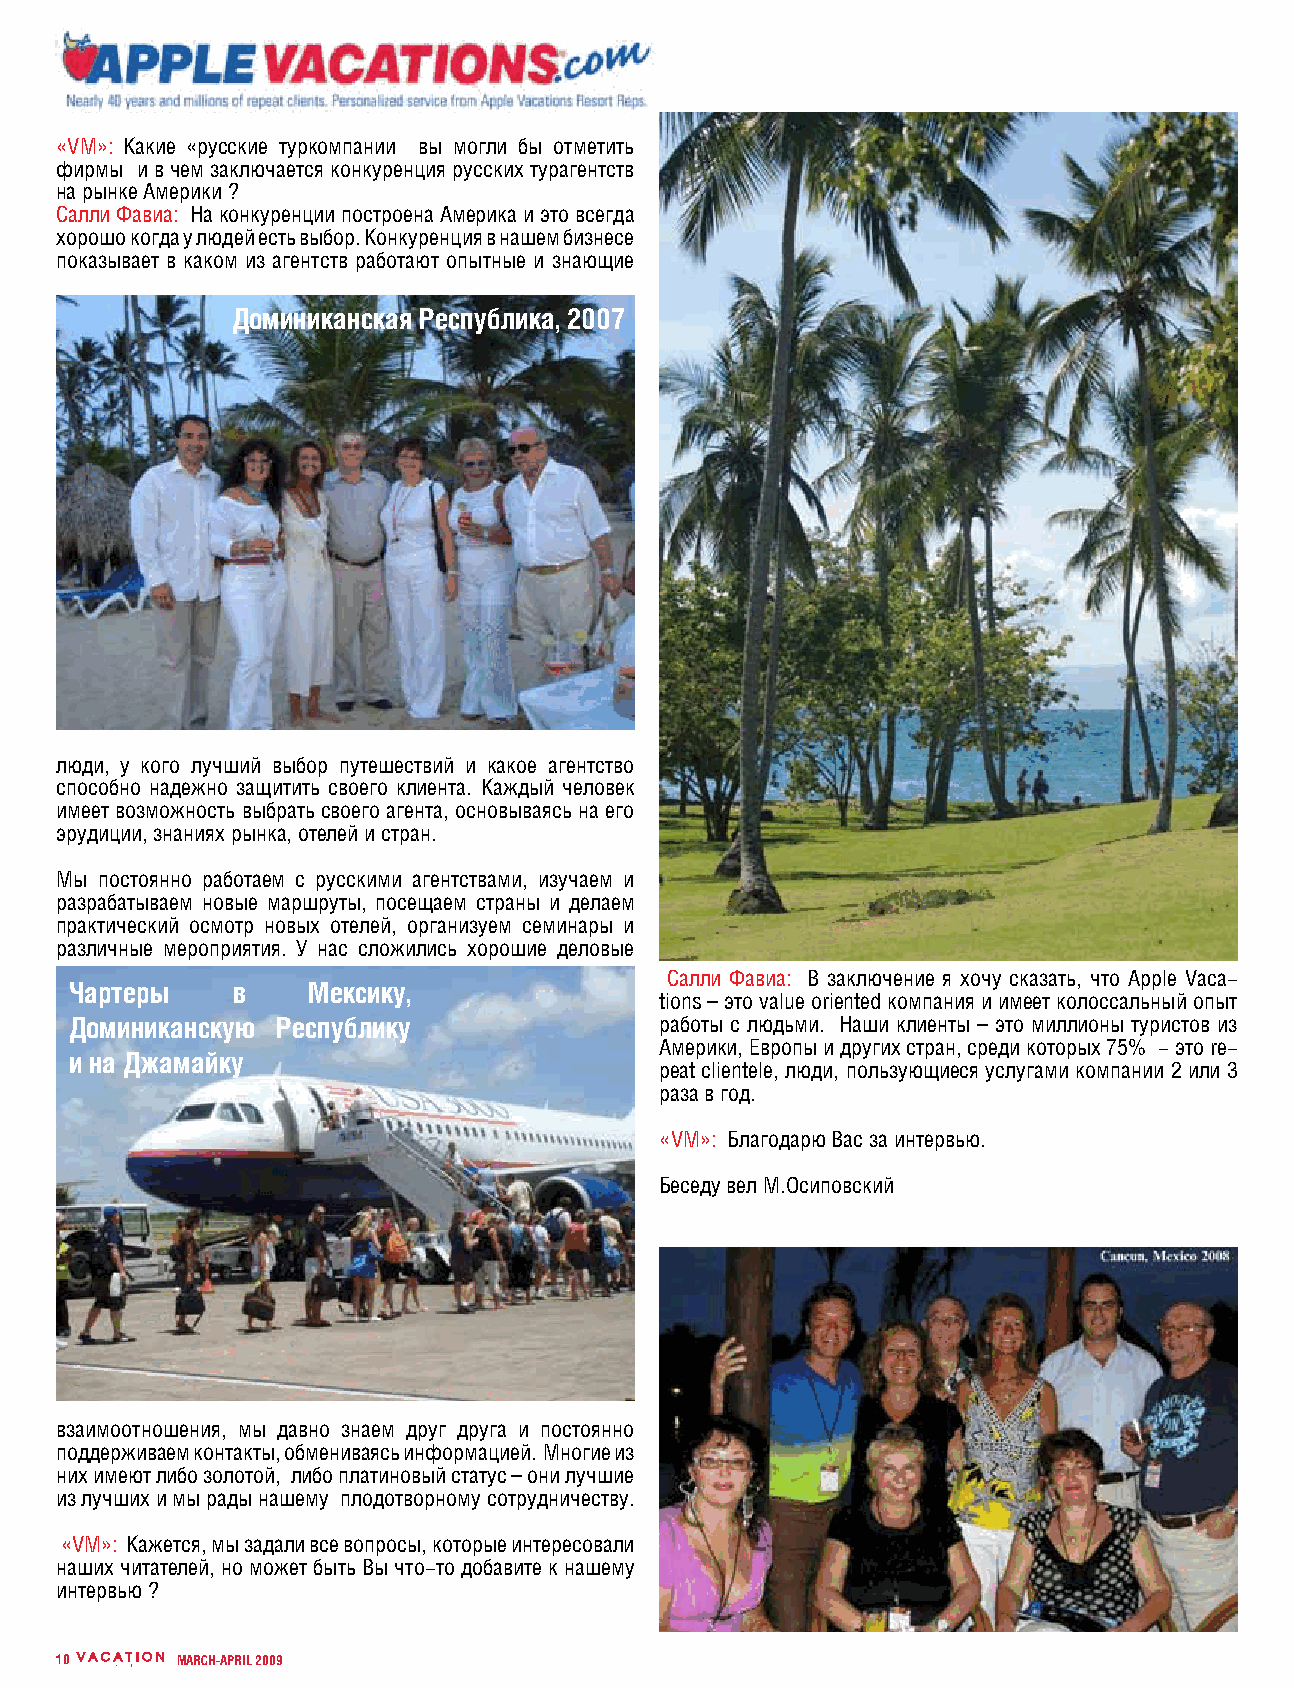
«VM»: Какие «русские туркомпании вы могли бы отметить
 фирмы и в чем заключается конкуренция русских турагентств
 на рынке Америки ?
 Салли Фавиа: На конкуренции построена Америка и это всегда
 хорошо когда у людей есть выбор. Конкуренция в нашем бизнесе
 показывает в каком из агентств работают опытные и знающие
 Доминиканская Республика, 2007
 люди, у кого лучший выбор путешествий и какое агентство
 способно надежно защитить своего клиента. Каждый человек
 имеет возможность выбрать своего агента, основываясь на его
 эрудиции, знаниях рынка, отелей и стран.
 Мы постоянно работаем с русскими агентствами, изучаем и
 разрабатываем новые маршруты, посещаем страны и делаем
 практический осмотр новых отелей, организуем семинары и
 различные мероприятия. У нас сложились хорошие деловые
 Салли Фавиа: В заключение я хочу сказать, что Apple Vaca-
 Чартеры   в    Мексику,
 tions – это value oriented компания и имеет колоссальный опыт
 Доминиканскую Республику               работы с людьми. Наши клиенты – это миллионы туристов из
 Америки, Европы и других стран, среди которых 75% - это re-
 и на Джамайку
 peat clientele, люди, пользующиеся услугами компании 2 или 3
 раза в год.
 «VM»: Благодарю Вас за интервью.
 Беседу вел М.Осиповский
 взаимоотношения, мы давно знаем друг друга и постоянно
 поддерживаем контакты, обмениваясь информацией. Многие из
 них имеют либо золотой, либо платиновый статус – они лучшие
 из лучших и мы рады нашему плодотворному сотрудничеству.
 «VM»: Кажется, мы задали все вопросы, которые интересовали
 наших читателей, но может быть Вы что-то добавите к нашему
 интервью ?
 10      MARCH-APRIL 2009